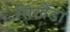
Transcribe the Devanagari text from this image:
सिखैडा